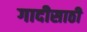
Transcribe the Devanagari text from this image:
गादीसाठी